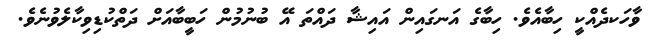
ވާހަކދެއްކީ ހިބާއެެވެ. ހިބާގެ އަނގައިން އައިޝާ ދައްތަ އޭ ބުނުމުން ހަބީބާއަށް ދަތްކުޑިވިކާލެވުނެވެ.